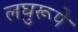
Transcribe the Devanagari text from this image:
लघुरूपे